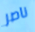
ناصر